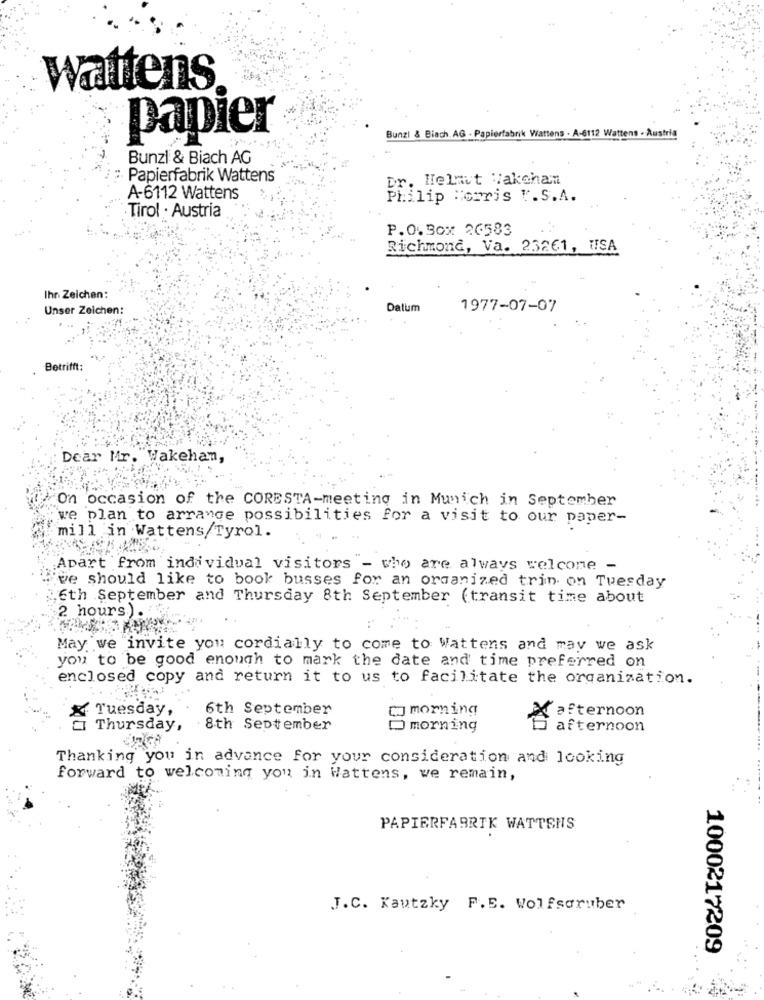
wattens
papier
Bunzi & Biach. AG - Papierfabrik Wattens . A-6112 Wattens . Austria
Bunzl & Biach AG
Papierfabrik Wattens
Dr. Helmut Wakehan
A-6112 Wattens
Philip Morris ".S.A.
Tirol . Austria
P.O.Box 26583
Richmond, Va. 25261, USA
Ihr Zeichen:
Unser Zeichen:
Datum
1977-07-07
Betrifft:
Dear Mr. Wakehan,
On occasion of the CORESTA-meeting in Munich in September
we plan to arrange possibilities for a visit to our paper-
mill in Wattens/Tyrol.
Apart from individual visitors - who are always welcome -
."ve should like to book busses for an organized trin on Tuesday
6th September and Thursday 8th September (transit time about
2 hours.) .
May we invite you cordially to come to Wattens and may we ask
you to be good enough to mark the date and time preferred on
enclosed copy and return it to us to facilitate the organization.
6th September
morning
& Tuesday,
Xafternoon
CI Thursday,
8th September
morning
afternoon
Thanking you in advance for your consideration and looking
forward to welcoming you in Wattens, we remain,
PAPIERFABRIK WATTENS
J.C. Kautzky F. E. Wolfsaruber
1000217209